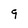
Character: 9